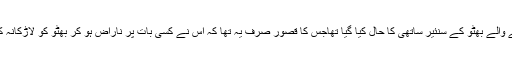
یہ پیپلز پارٹی بنانے والے بھٹو کے سنئیر ساتھی کا حال کیا گیا تھاجس کا قصور صرف یہ تھا کہ اس نے کسی بات پر ناراض ہو کر بھٹو کو لاڑکانہ کا راجا کہہ دیا تھا ۔